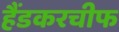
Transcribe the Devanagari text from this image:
हैंडकरचीफ